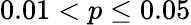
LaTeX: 0.01<p\leq 0.05